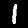
Label: 1